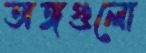
অঙ্গগুলো